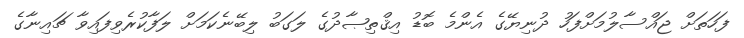
ފަހަތަށް ޖައްސާލުމަށްފަހު ދުނިޔޭގެ އެންމެ ބޮޑު އިޤްތިޞާދުގެ ލަގަބު ލިބޭނެކަމަށް ލަފާކުރެވިފައިވާ ޗައިނާގެ